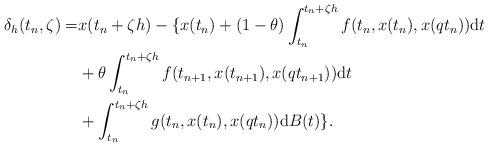
LaTeX: \begin{align*}\delta_h(t_n,\zeta)=& x(t_n+\zeta h)-\{x(t_n)+(1-\theta)\int_{t_n}^{t_n+\zeta h}f(t_n,x(t_n),x(qt_n)){\rm d}t\\&+\theta\int_{t_n}^{t_n+\zeta h}f(t_{n+1},x(t_{n+1}),x(qt_{n+1})){\rm d}t\\&+\int_{t_n}^{t_n+\zeta h}g(t_n,x(t_n),x(qt_n)){\rm d}B(t)\}.\end{align*}